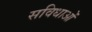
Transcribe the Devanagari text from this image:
सविधाओं